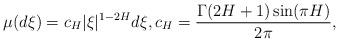
LaTeX: \begin{align*}\mu(d\xi)=c_H|\xi|^{1-2H}d\xi,c_H=\frac{\Gamma(2H+1)\sin(\pi H)}{2\pi},\end{align*}